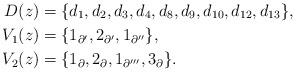
LaTeX: \begin{align*}D(z) &= \{d_1,d_2,d_3,d_4,d_8,d_9,d_{10},d_{12},d_{13}\}, \\ V_1(z) &= \{1_{\partial'},2_{\partial'}, 1_{\partial''}\},\\V_2(z) &= \{1_{\partial},2_{\partial}, 1_{\partial'''}, 3_{\partial}\}.\end{align*}